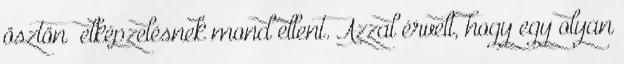
ösztön” elképzelésnek mond ellent. Azzal érvelt, hogy egy olyan